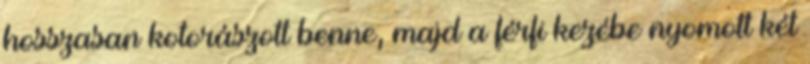
hosszasan kotorászott benne, majd a férfi kezébe nyomott két